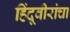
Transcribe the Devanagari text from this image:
हिंदूवीरांचा